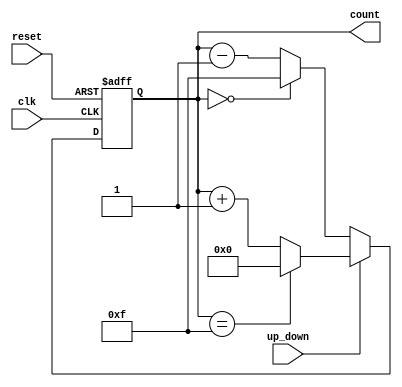
module up_down_counter #(
    parameter n = 4  // Parameter to define the width of the counter
)(
    input wire clk,          // Clock signal
    input wire reset,        // Asynchronous reset signal
    input wire up_down,      // Control signal for counting direction
    output reg [n-1:0] count // n-bit output for the current count value
);

// Asynchronous reset and counting logic
always @(posedge clk or posedge reset) begin
    if (reset) begin
        count <= 0; // Reset the counter to 0
    end else begin
        if (up_down) begin
            // Count up
            count <= (count == {n{1'b1}}) ? 0 : count + 1; // Wrap around if max value reached
        end else begin
            // Count down
            count <= (count == 0) ? {n{1'b1}} : count - 1; // Wrap around if min value reached
        end
    end
end

endmodule